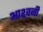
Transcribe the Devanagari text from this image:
आश्र्वनी